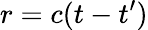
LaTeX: r=c(t-t^{\prime})